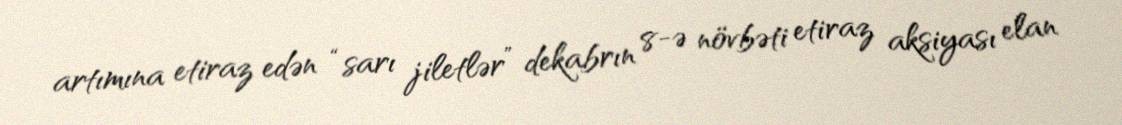
artımına etiraz edən “sarı jiletlər” dekabrın 8-ə növbəti etiraz aksiyası elan